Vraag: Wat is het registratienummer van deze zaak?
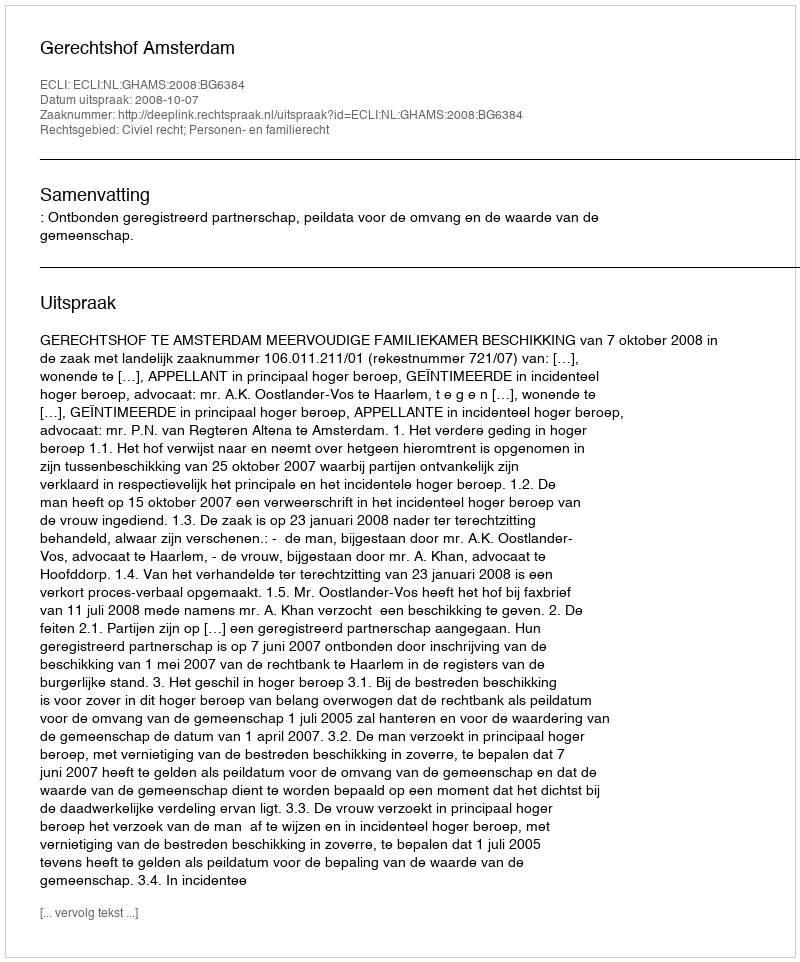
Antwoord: http://deeplink.rechtspraak.nl/uitspraak?id=ECLI:NL:GHAMS:2008:BG6384